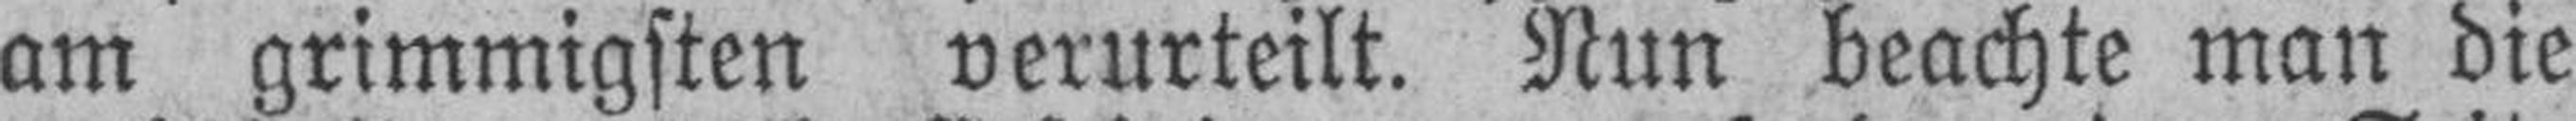
am grimmigsten verurteilt. Nun beachte man die